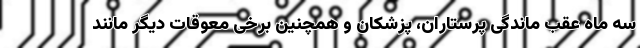
سه ماه عقب ماندگی پرستاران، پزشکان و همچنین برخی معوقات دیگر مانند